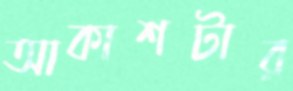
আকাশটার